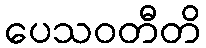
ပေသဝတီတိ